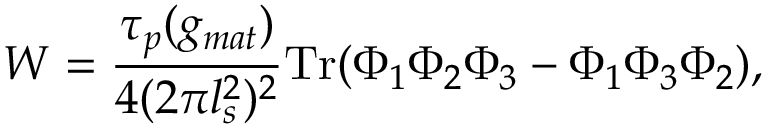
W = \frac { \tau _ { p } ( g _ { m a t } ) } { 4 ( 2 \pi l _ { s } ^ { 2 } ) ^ { 2 } } \mathrm { T r } ( \Phi _ { 1 } \Phi _ { 2 } \Phi _ { 3 } - \Phi _ { 1 } \Phi _ { 3 } \Phi _ { 2 } ) ,